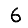
Digit: 6